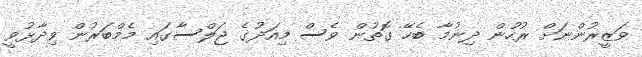
ވަޒީރުންނަށް ރުހުން ދިނުމާ ބެހޭ ގޮތުން ވެސް މިއަދުގެ ޖަލްސާގައި މެމްބަރުން ވިދާޅުވީ